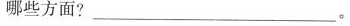
哪些方面?_____。